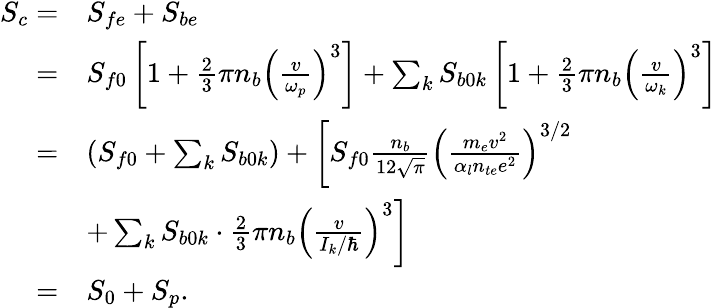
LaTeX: \begin{array}{rl}{S_{c}=}&{S_{fe}+S_{be}}\\ {=}&{S_{f0}\left[1+\frac{2}{3}\pi n_{b}\left(\frac{v}{\omega_{p}}\right)^{3}\right]+\sum_{k}S_{b0k}\left[1+\frac{2}{3}\pi n_{b}\left(\frac{v}{\omega_{k}}\right)^{3}\right]}\\ {=}&{\left(S_{f0}+\sum_{k}S_{b0k}\right)+\left[S_{f0}\frac{n_{b}}{12\sqrt{\pi}}\left(\frac{m_{e}v^{2}}{\alpha_{l}n_{te}e^{2}}\right)^{3/2}\right.}\\ &{\left.+\sum_{k}S_{b0k}\cdot\frac{2}{3}\pi n_{b}\left(\frac{v}{I_{k}/\hbar}\right)^{3}\right]}\\ {=}&{S_{0}+S_{p}.}\end{array}